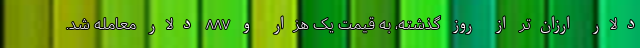
دلار ارزان‌تر از روز گذشته، به قیمت یک هزار و ۸۸۷ دلار معامله شد.